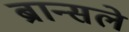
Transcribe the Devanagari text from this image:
ब्रान्सले